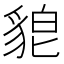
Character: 𮙪